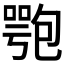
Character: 𠤁